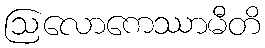
ဩလောကေဿာမီတိ